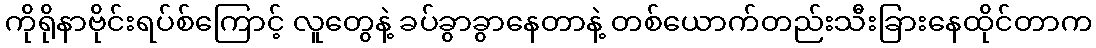
ကိုရိုနာဗိုင်းရပ်စ်ကြောင့် လူတွေနဲ့ ခပ်ခွာခွာနေတာနဲ့ တစ်ယောက်တည်းသီးခြားနေထိုင်တာက